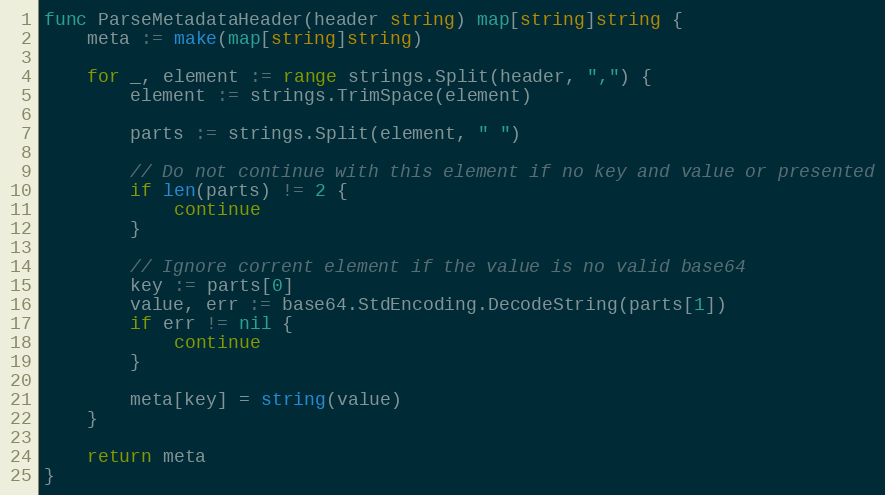
Language: Go
func ParseMetadataHeader(header string) map[string]string {
	meta := make(map[string]string)

	for _, element := range strings.Split(header, ",") {
		element := strings.TrimSpace(element)

		parts := strings.Split(element, " ")

		// Do not continue with this element if no key and value or presented
		if len(parts) != 2 {
			continue
		}

		// Ignore corrent element if the value is no valid base64
		key := parts[0]
		value, err := base64.StdEncoding.DecodeString(parts[1])
		if err != nil {
			continue
		}

		meta[key] = string(value)
	}

	return meta
}